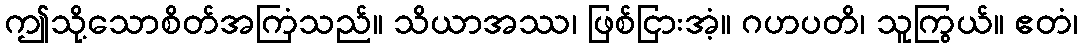
ဤသို့သောစိတ်အကြံသည်။ သိယာအဿ၊ ဖြစ်ငြားအံ့။ ဂဟပတိ၊ သူကြွယ်။ ဧတံ၊